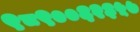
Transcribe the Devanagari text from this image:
९८९००६२३५७